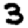
Digit: 3